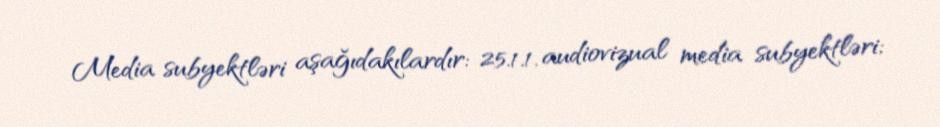
Media subyektləri aşağıdakılardır: 25.1.1. audiovizual media subyektləri;